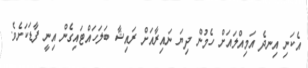
އެކަނި އިނދެ އަމިއްލައަށް ހެމުން ދިޔަ ނައިރާއަށް ރައިޝާ ބަލަހައްޓައިގެން އިނީ ފާޑަކަށެވެ.